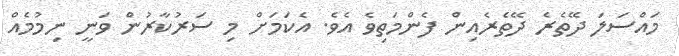
މައްސަލަ ދޭތެރެ ދޭތެރެއިން ފެންމަތިވެ އެވެ. އެކަމަށް މި ސަރުކާރުން ވަނީ ނިމުމެއް